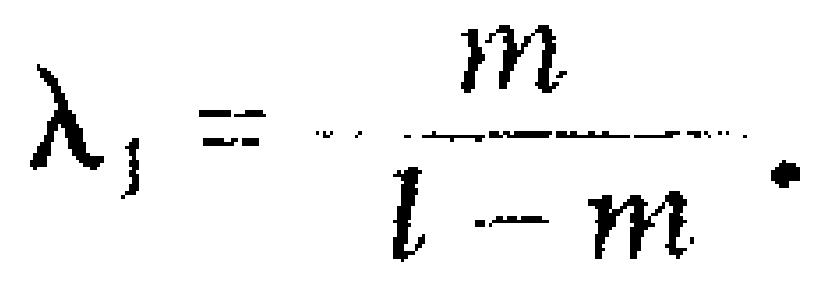
\(\lambda _{1}=\frac{m}{l - m}.\)